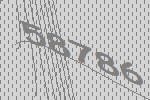
58786